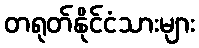
တရုတ်နိုင်ငံသားများ